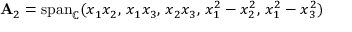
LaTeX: \mathbf { A } _ { 2 } = \mathrm { s p a n } _ { \mathbb { C } } ( x _ { 1 } x _ { 2 } , \, x _ { 1 } x _ { 3 } , \, x _ { 2 } x _ { 3 } , \, x _ { 1 } ^ { 2 } - x _ { 2 } ^ { 2 } , \, x _ { 1 } ^ { 2 } - x _ { 3 } ^ { 2 } )